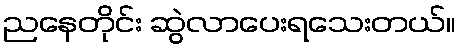
ညနေတိုင်း ဆွဲလာပေးရသေးတယ်။